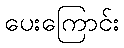
ပေးကြောင်း